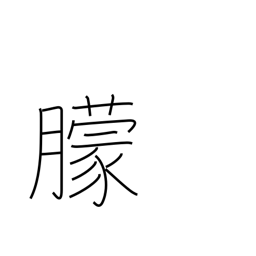
Meaning: obscure